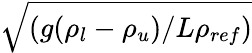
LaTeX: \sqrt{(g(\rho_{l}-\rho_{u})/L\rho_{ref})}